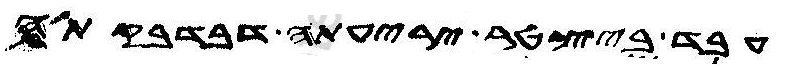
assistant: עבד ביצטר יריעתה דבדבקתה